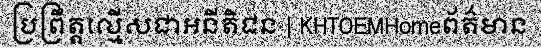
ប្រព្រឹត្តល្មើសជាអនីតិជន | KHTOEMHomeព័ត៌មាន